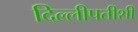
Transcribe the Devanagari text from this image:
दिल्लीपतीशी